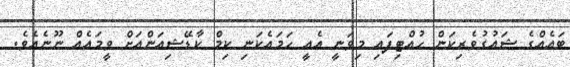
ބައެއްގެ ޝައުގުވެރިކަން ހުއްޓިފައި މިވަނީ އެއީ ހަމައެކަނި ކިމް ކާޑޭޝިއަންއަށް ވީމައެއް ނޫނެއެވެ.